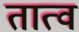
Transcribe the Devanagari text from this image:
तात्व